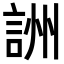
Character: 詶